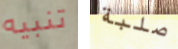
تنبيه صلبة